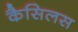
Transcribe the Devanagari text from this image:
कैसिलस